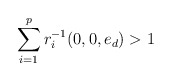
\begin{align*}\sum_{i=1}^pr_i^{-1}(0, 0, e_d)>1\end{align*}